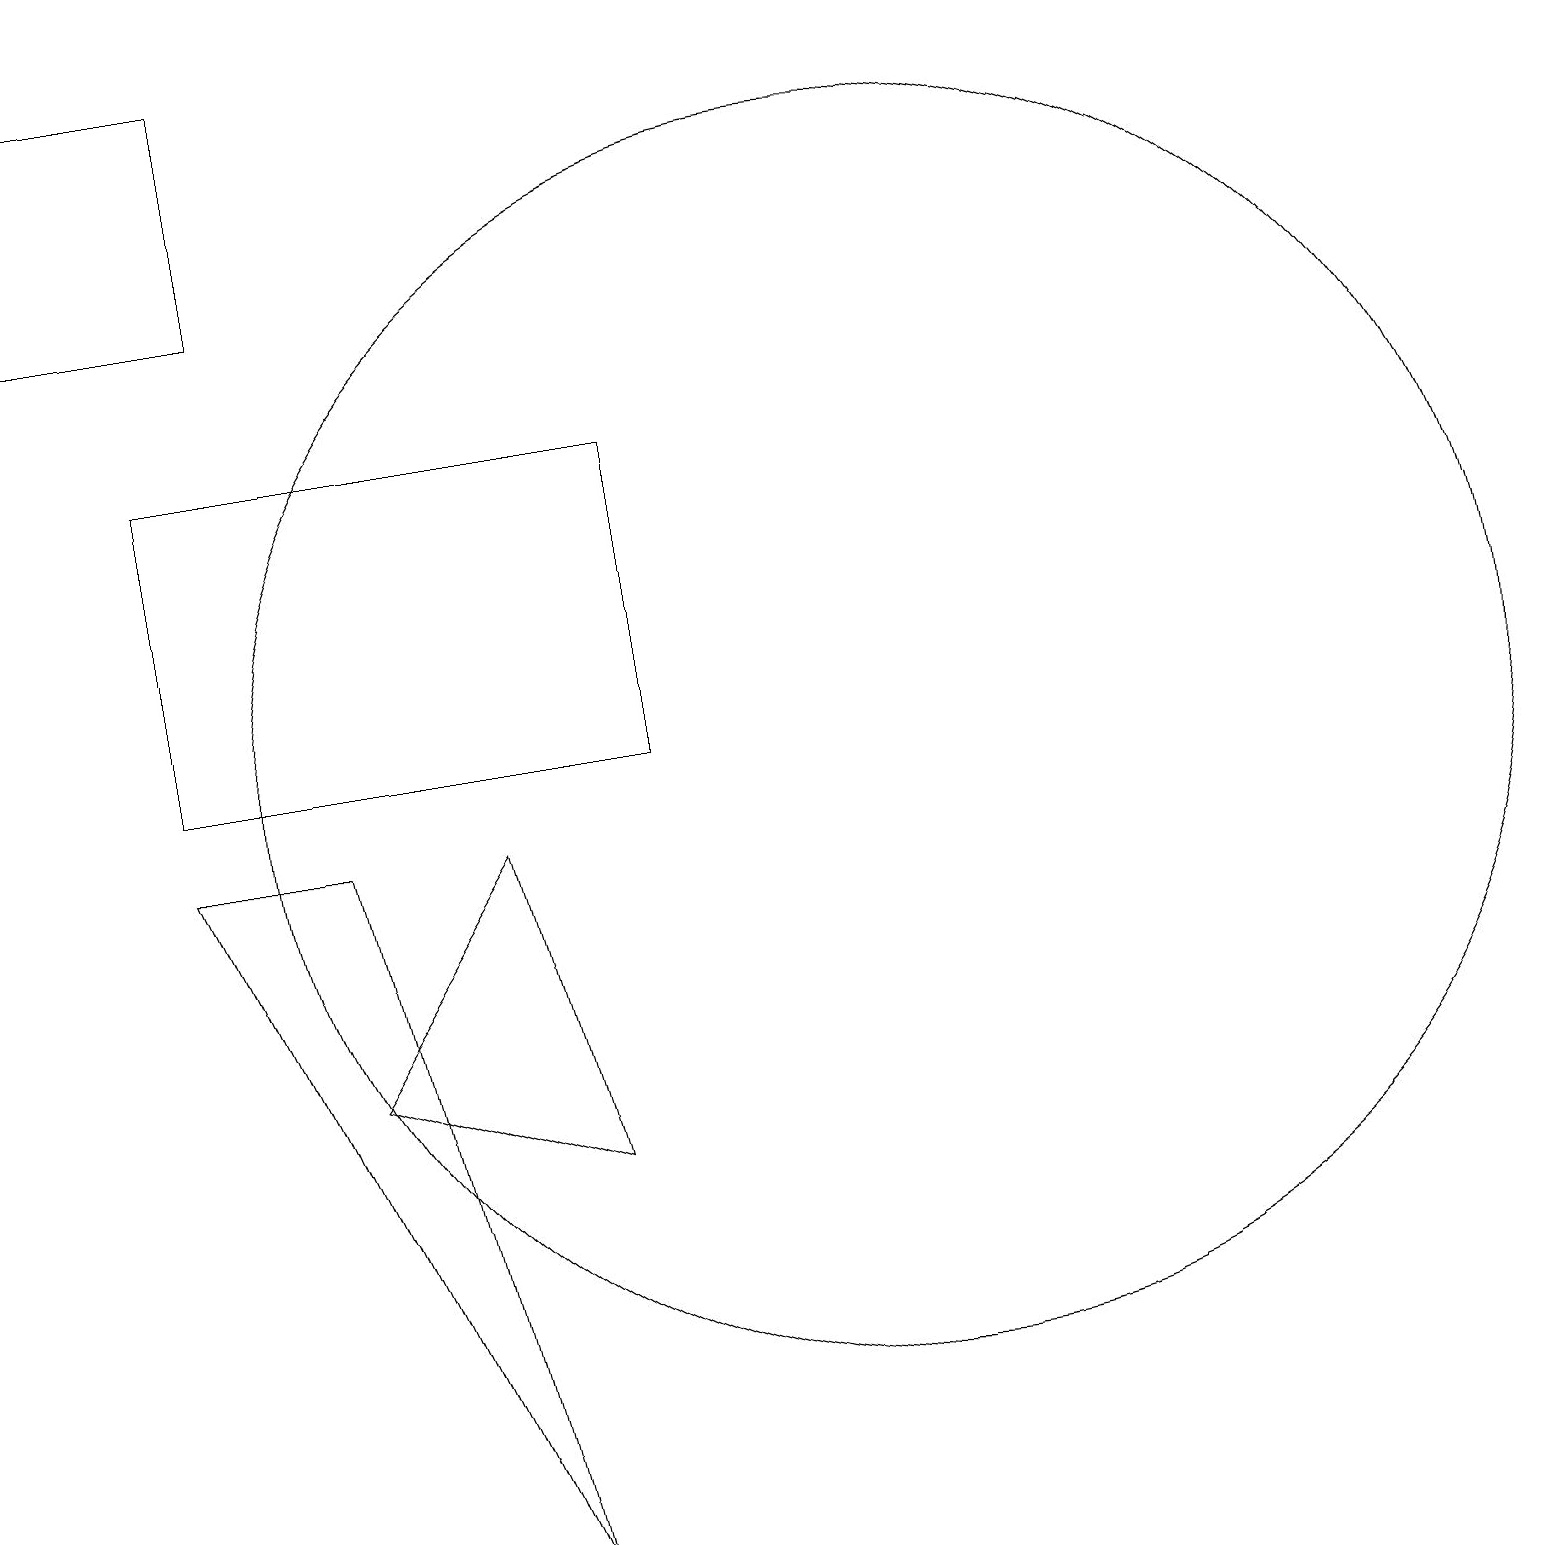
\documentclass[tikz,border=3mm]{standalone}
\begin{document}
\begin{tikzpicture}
\draw (11,10) circle (8);
\draw (2,10) rectangle (8,14);
\draw (4,6) -- (6,9) -- (7,5) -- cycle;
\draw (2,9) -- (6,0) -- (4,9) -- cycle;
\draw (0,16) rectangle (3,19);
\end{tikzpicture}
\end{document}